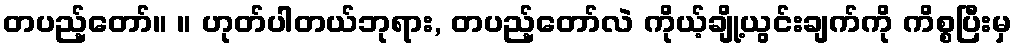
တပည့်တော်။ ။ ဟုတ်ပါတယ်ဘုရား, တပည့်တော်လဲ ကိုယ့်ချို့ယွင်းချက်ကို ကိစ္စပြီးမှ